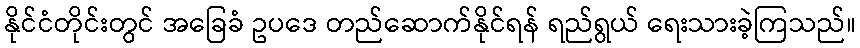
နိုင်ငံတိုင်းတွင် အခြေခံ ဥပဒေ တည်ဆောက်နိုင်ရန် ရည်ရွယ် ရေးသားခဲ့ကြသည်။